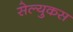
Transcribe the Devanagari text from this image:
सेल्‍युकस